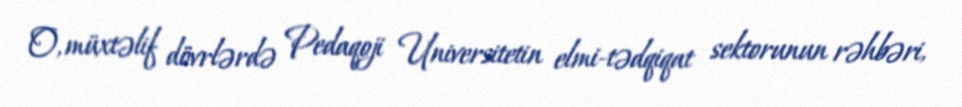
O, müxtəlif dövrlərdə Pedaqoji Universitetin elmi-tədqiqat sektorunun rəhbəri,